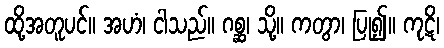
ထို့အတူပင်။ အဟံ၊ ငါသည်။ ဂစ္ဆ၊ သို့။ ကတွာ၊ ပြု၍။ ကုဋိ၊